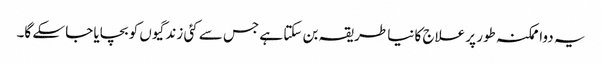
یہ دوا ممکنہ طور پر علاج کا نیا طریقہ بن سکتا ہے جس سے کئی زندگیوں کو بچایا جا سکے گا۔